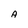
Character: A